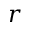
r